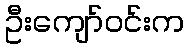
ဦးကျော်ဝင်းက